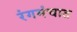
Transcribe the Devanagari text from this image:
रंगमंचात